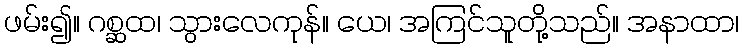
ဖမ်း၍။ ဂစ္ဆထ၊ သွားလေကုန်။ ယေ၊ အကြင်သူတို့သည်။ အနာထာ၊